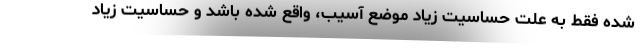
شده فقط به علت حساسیت زیاد موضع آسیب، واقع شده باشد و حساسیت زیاد